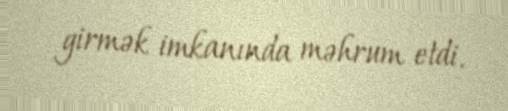
girmək imkanında məhrum etdi.